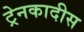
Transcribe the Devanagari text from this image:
ट्रेनकादीस